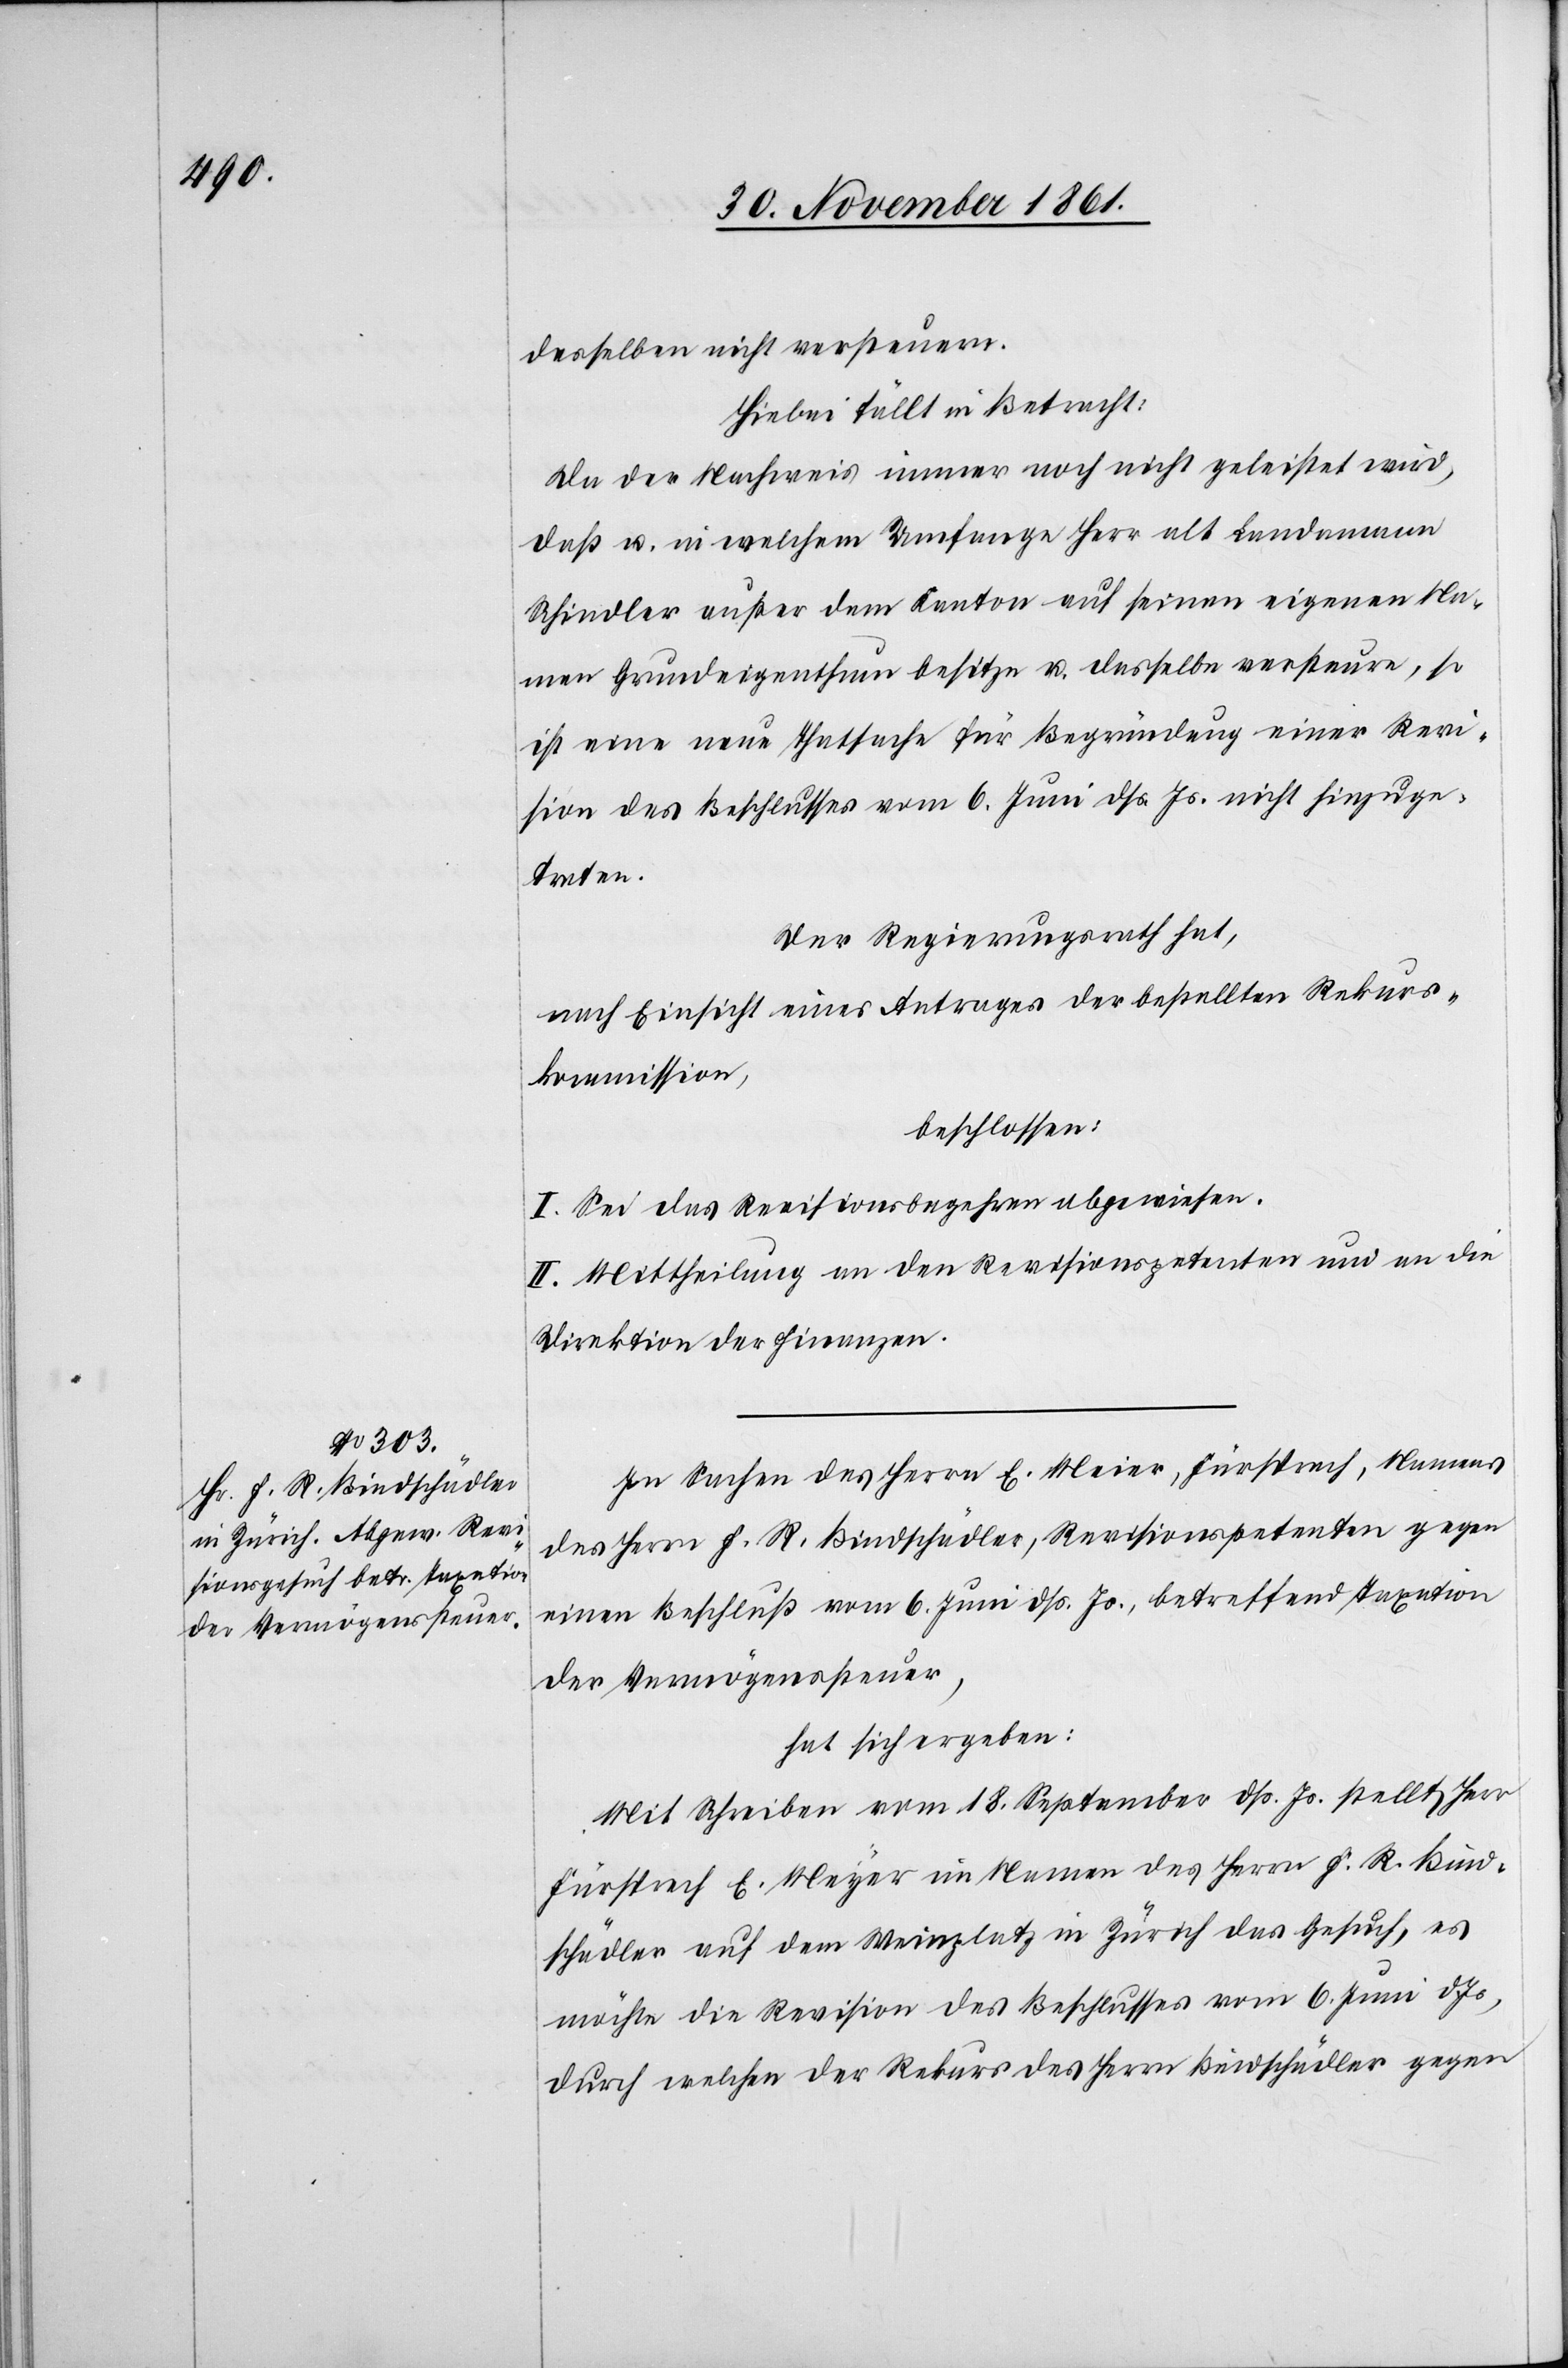
desselben nicht versteuern.
Hiebei fällt in Betracht:
Da der Nachweis immer noch nicht geleistet wird,
daß u. in welchem Umfange Herr alt Landamann
Schindler außer dem Kanton auf seinem eigenen Na¬
men Grundeigenthum besitze u. dasselbe versteure, so
ist eine neue Thatsache für Begründung einer Revi¬
sion des Beschlusses vom 6 Juni dß. Js. nicht hinzuge¬
treten.
Der Regierungsrath hat,
nach Einsicht eines Antrages der bestellten Rekurs¬
kommission,
beschlossen:
I. Sei das Revisionsbegehren abgewiesen.
II. Mittheilung an den Revisionspetenten und an die
Direktion der Finanzen.
des Herrn F. R. Bindschädler, Revisionspetenten gegen
einen Beschluß vom 6 Juni dss. Js., betreffend Taxation
der Vermögenssteuer,
hat sich ergeben:
Mit Schreiben vom 18 September dss. Js., stellt Herr
Fürsprech E. Meyer im Namen des Herrn F. R. Bind¬
schädler auf dem Weinplatz in Zürich das Gesuch, es
möchte die Revision des Beschlusses vom 6 Juni d.
durch welchen der Rekurs des Herrn Bindschädler gegen